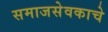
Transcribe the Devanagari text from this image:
समाजसेवकाचे